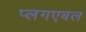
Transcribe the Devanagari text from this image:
प्लगएबल